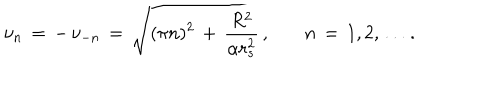
LaTeX: \nu _ { n } \, = \, - \, \nu _ { - n } \, = \, \sqrt { ( \pi n ) ^ { 2 } \, + \, \frac { R ^ { 2 } } { \alpha r _ { s } ^ { 2 } } } \, { , } \qquad n \, = \, 1 , 2 , \ldots \, { . }